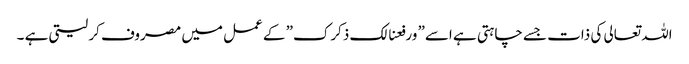
اللہ تعالی کی ذات جسے چاہتی ہے اسے” ورفعنالک ذکرک” کے عمل میں مصروف کر لیتی ہے ۔